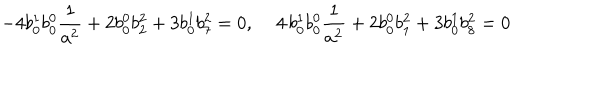
- 4 b _ { 0 } ^ { 1 } b _ { 0 } ^ { 0 } { \frac 1 { a ^ { 2 } } } + 2 b _ { 0 } ^ { 0 } b _ { 2 } ^ { 2 } + 3 b _ { 0 } ^ { 1 } b _ { 7 } ^ { 2 } = 0 , \, \, \, \, \, \, \, 4 \, b _ { 0 } ^ { 1 } b _ { 0 } ^ { 0 } { \frac 1 { a ^ { 2 } } } + 2 b _ { 0 } ^ { 0 } b _ { 1 } ^ { 2 } + 3 b _ { 0 } ^ { 1 } b _ { 8 } ^ { 2 } = 0